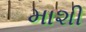
માશી